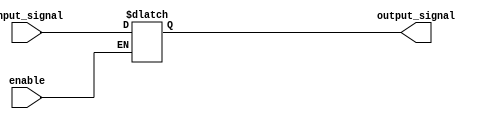
module tri_state_buffer (
    input wire enable,
    input wire input_signal,
    output reg output_signal
);

// Define the states
parameter LOW_IMPEDANCE = 0;
parameter HIGH_IMPEDANCE = 1;
parameter HIGH_VOLTAGE_OUTPUT = 2;

reg state = LOW_IMPEDANCE;

always @*
begin
    case (state)
        LOW_IMPEDANCE : 
            begin
                if (enable)
                    output_signal = input_signal;
            end
        HIGH_IMPEDANCE :
            begin
                output_signal = 'bz; // High impedance
            end
        HIGH_VOLTAGE_OUTPUT :
            begin
                output_signal = 1; // High output signal
            end
        default: 
            begin
                output_signal = 'bz;
            end
    endcase
end

endmodule